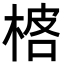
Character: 𬃓